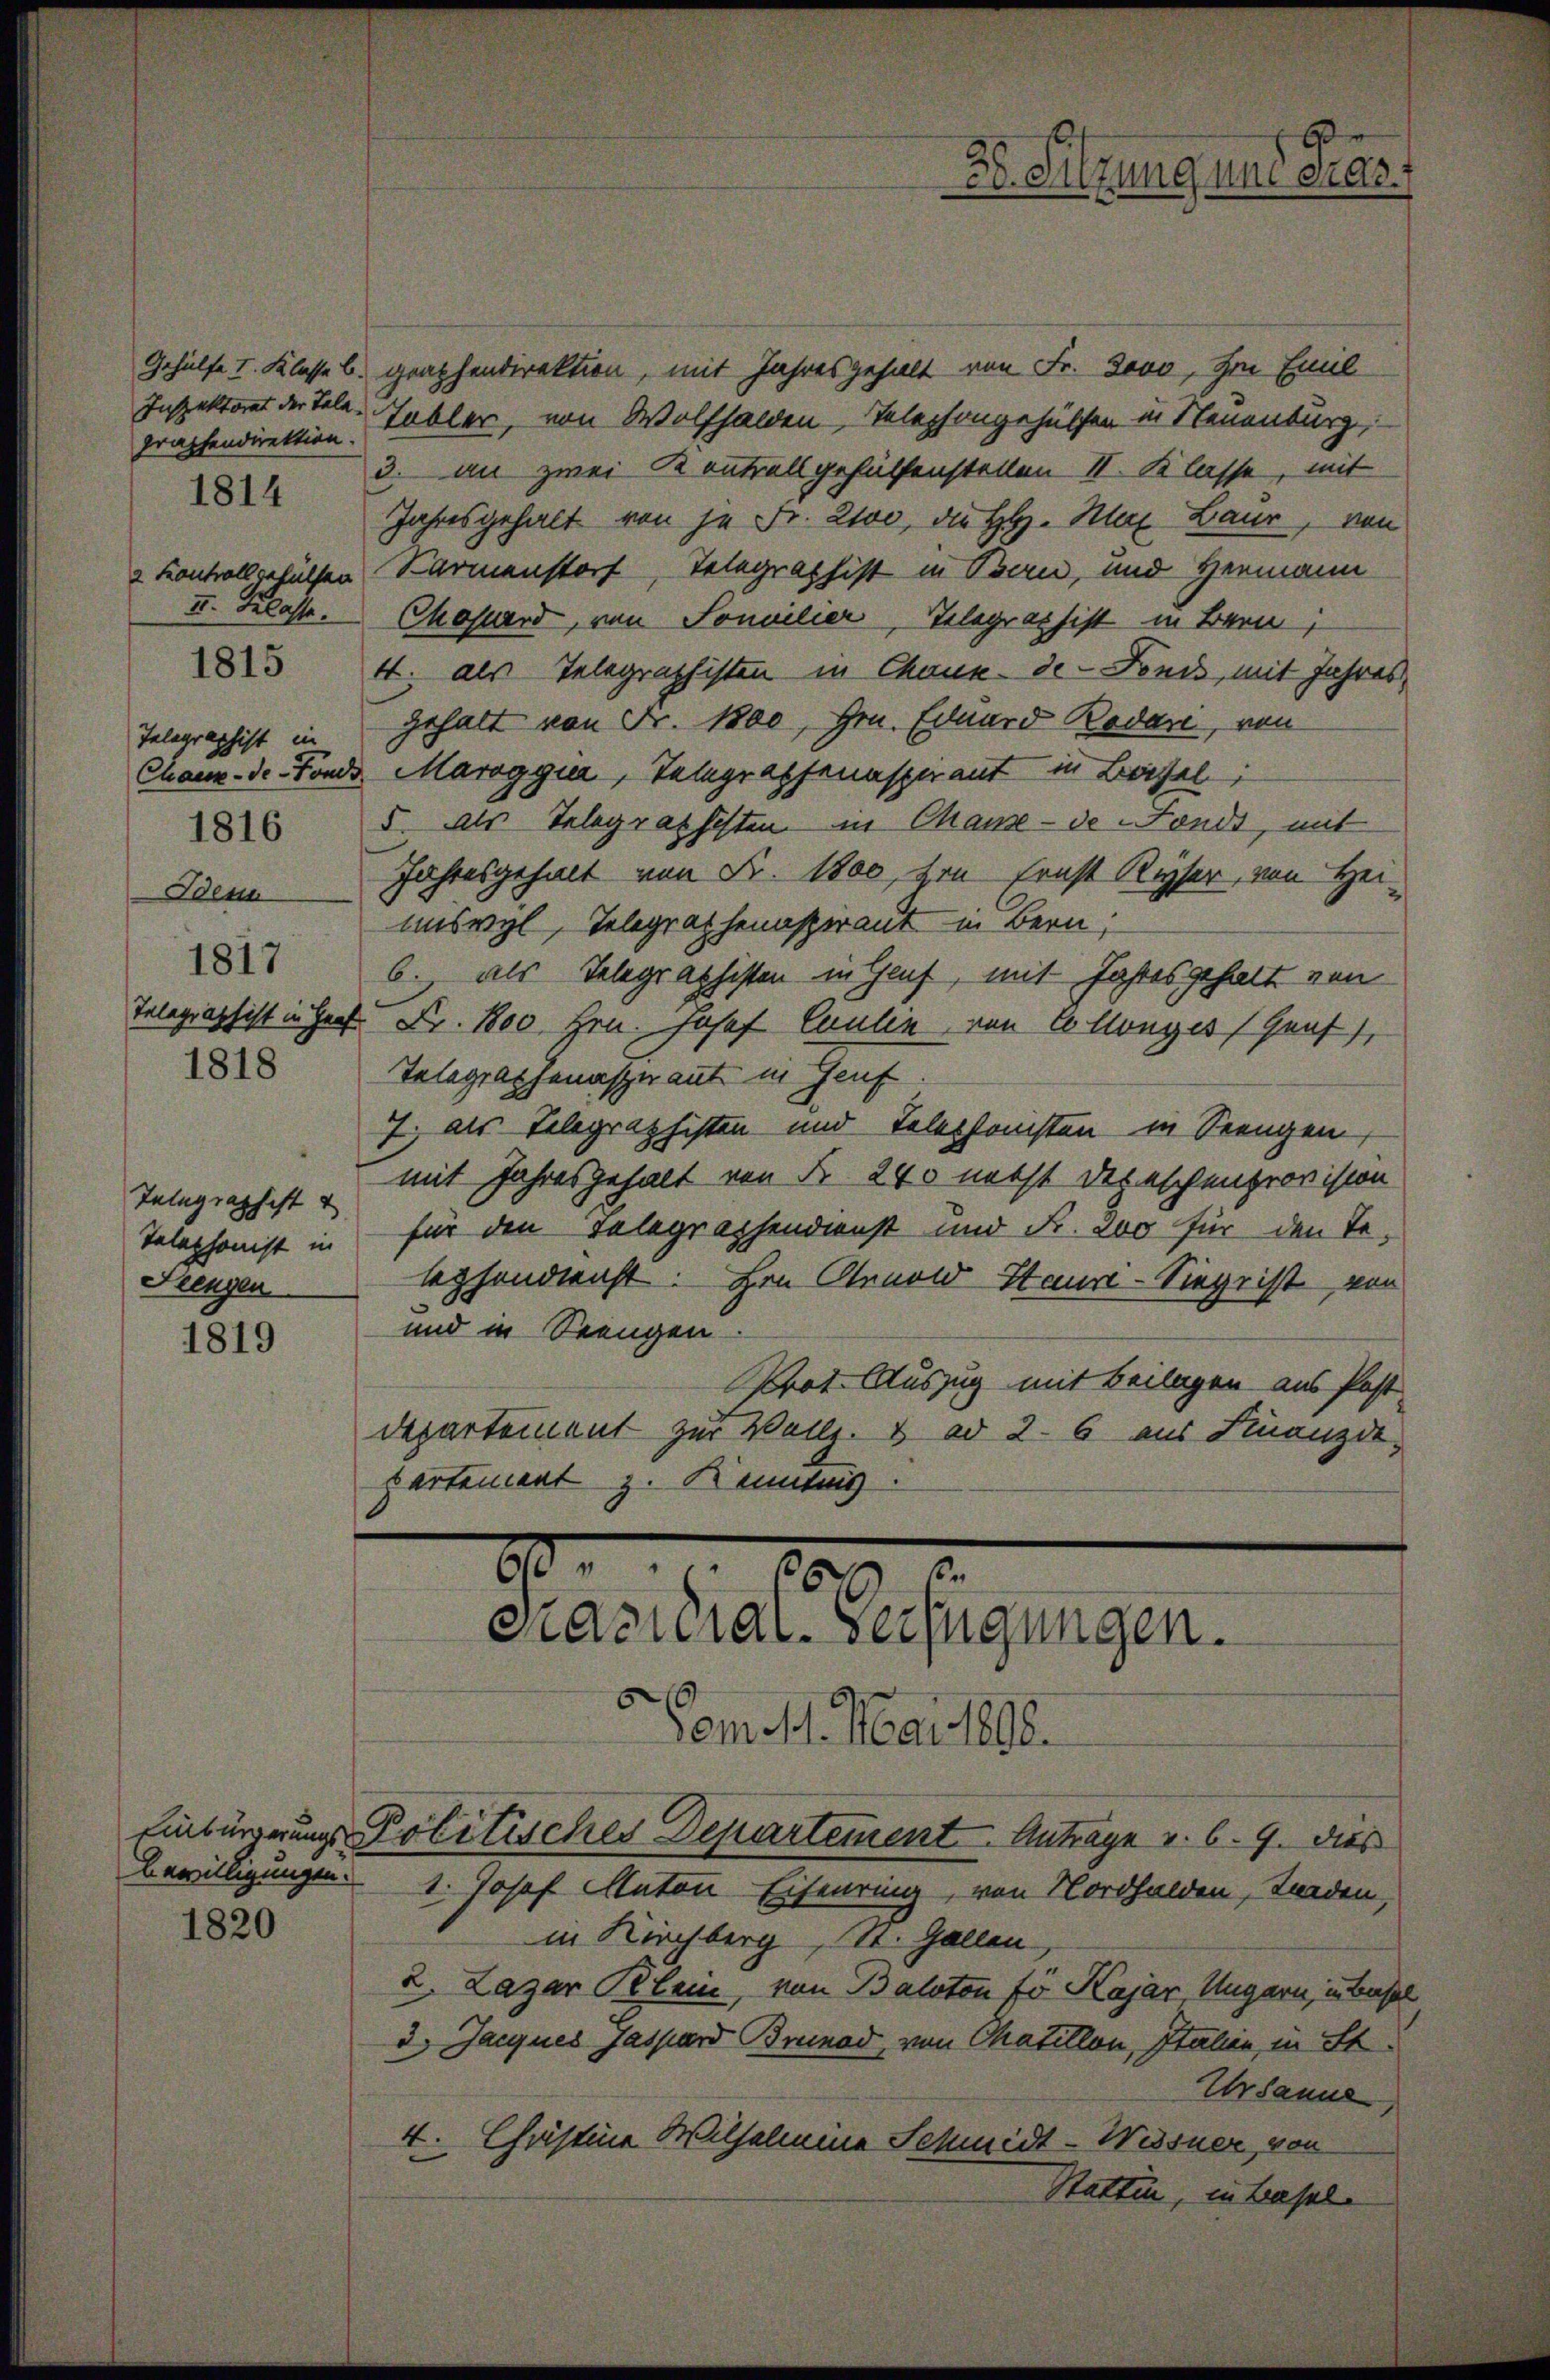
prachendirektion.
2. Kontrall gehülfen
II. Klasse.
Telegraphist in
1816
1817
1818

1814

1815

Telegraphist u
Telephonist in
Feengen

1819

Bewilligungen.

1820

Gehülfe I. Klasse b. graphendirektion, mit Jahresgehalt von Fr. 3000, im Emil
Inspektores der Tele-Tabler, von Wolfhalden Telephongehülfen in Neuenburg,
3. an zwei Kontrall gehülfenstellen II. Klasse, mit
Jahresgehalt von je Fr. Ztoo, die HH. Max Baur, von
Karmenstorf, Telegraphist in Bern, und Hermann
Chosard, von Soncilier, Telegraphist in Bern,
4. als Telegraphisten in Chaux-de-Fonds, mit Jahres,
gehalt von Fr. 1800, Hrn. Eduard Rodare, von
Chaux-de-Fonds Maroggia, Telegraphenaspirant in Beisel
5. Als Telegraphisten in Chaux-de-Fonds, mit
Dem Jahresgehalt von Fr. 1800, von Ernst Ryser, von Hei-
mnswyl, Telegraphenspirant in Bern,
6. als Telegraphisten in Hauf, mit Jahres gehalt von
Telegraphist in Haus Fr. 1800 Hrn. Josef Caulin von Collenges Graf
Telegraphenasperant in Genf.
7. als Telegraphisten und Telephonsten in Seengen
mit Jahresgehalt von Fr. 240 nebst Depeschenprovision
für den Telegraphendienst und Fr. 200 für den Te
lephondienst. Hrn Arnold Hauri-Siege ist von
und in Seengen
Prot. Auszug mit Beilagen aus Post-
Departement zur Vollz. v. ad 26 aus Finanzde
partement z. Kenntnis

1.
10
Gratural-Verfügungen.

Einbürgerungs-Politisches Departement Antrage v. 6. 9. dies

3. Sitzung und Pras.

Vom 11. Mai 1898.
1. Josef Naton Eisenring, von Nordhalden, Tenden,
in Kirchberg, St. Gallen
2. Lazar Klem, von Balston für Kajar Ungarn, in Best
3.) Jacques Gaspard Brunod, von Chatitlon, Italien, in St.
Ursanne
4. Christine Wilhelmine Schmidt-Wessner, von
Statten, in Hasel

l